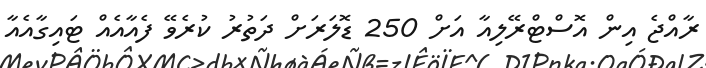
ރާއްޖެ އިން އޮސްޓްރޭލިއާ އަށް 250 ޑޮލަރަށް ދަތުރު ކުރެވޭ ފެއާއެއް ޓައިގާއެއާ